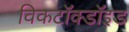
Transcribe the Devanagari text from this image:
विकटॉक्डॉइड